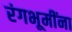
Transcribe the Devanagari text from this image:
रंगभूमींना